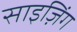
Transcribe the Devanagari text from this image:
साइज़िंग